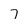
Character: 7